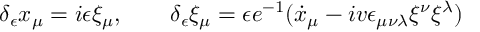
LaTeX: \delta _ { \epsilon } x _ { \mu } = i \epsilon \xi _ { \mu } , \qquad \delta _ { \epsilon } \xi _ { \mu } = \epsilon e ^ { - 1 } ( \dot { x } _ { \mu } - i v \epsilon _ { \mu \nu \lambda } \xi ^ { \nu } \xi ^ { \lambda } )